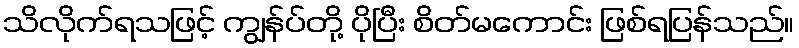
သိလိုက်ရသဖြင့် ကျွန်ပ်တို့ ပိုပြီး စိတ်မကောင်း ဖြစ်ရပြန်သည်။